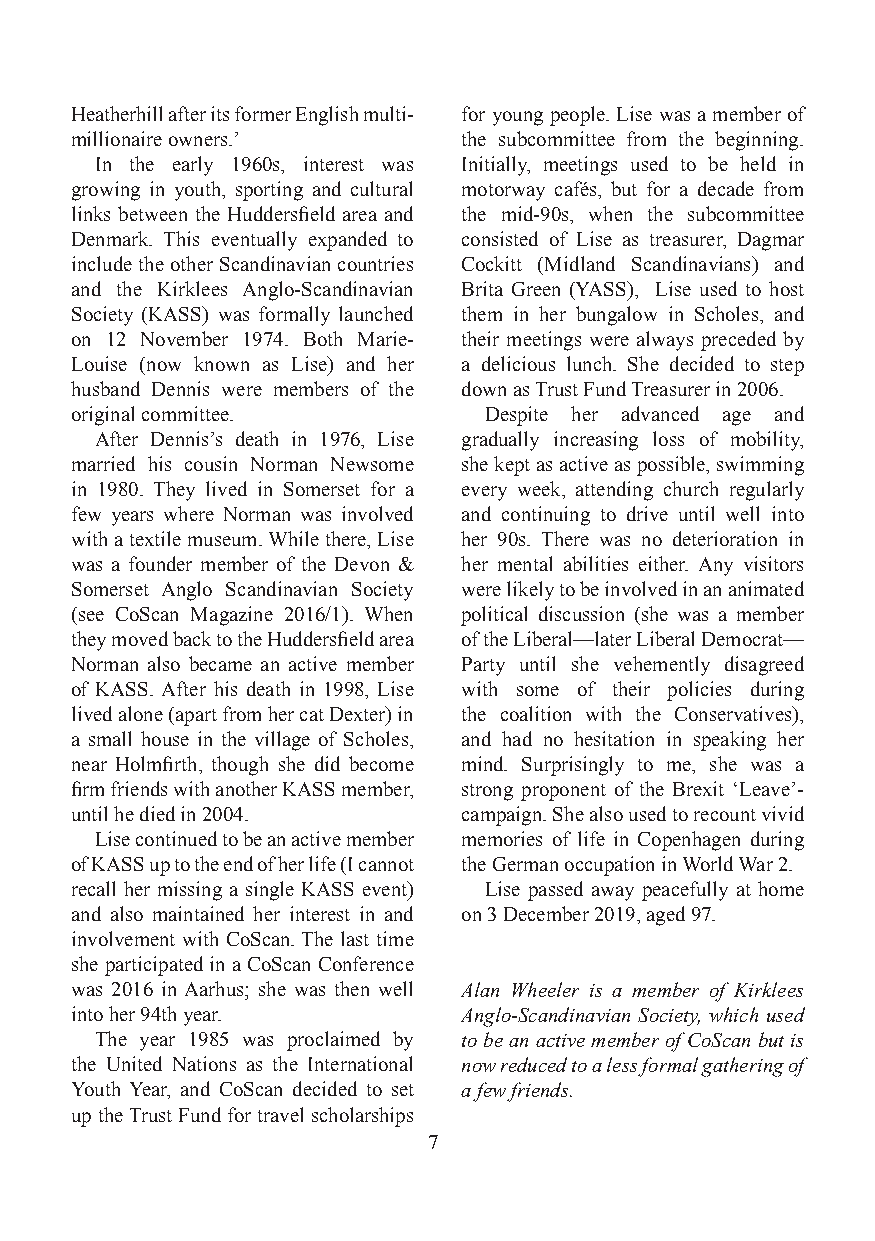
Heatherhill after its former English multi- for young people. Lise was a member of
 millionaire owners.’     the subcommittee from the beginning.
 In the early 1960s, interest was Initially, meetings used to be held in
 growing in youth, sporting and cultural motorway cafés, but for a decade from
 links between the Huddersfield area and the mid-90s, when the subcommittee
 Denmark. This eventually expanded to consisted of Lise as treasurer, Dagmar
 include the other Scandinavian countries Cockitt (Midland Scandinavians) and
 and the Kirklees Anglo-Scandinavian Brita Green (YASS), Lise used to host
 Society (KASS) was formally launched them in her bungalow in Scholes, and
 on 12 November 1974. Both Marie- their meetings were always preceded by
 Louise (now known as Lise) and her a delicious lunch. She decided to step
 husband Dennis were members of the down as Trust Fund Treasurer in 2006.
 original committee.        Despite her advanced age and
 After Dennis’s death in 1976, Lise gradually increasing loss of mobility,
 married his cousin Norman Newsome she kept as active as possible, swimming
 in 1980. They lived in Somerset for a every week, attending church regularly
 few years where Norman was involved and continuing to drive until well into
 with a textile museum. While there, Lise her 90s. There was no deterioration in
 was a founder member of the Devon & her mental abilities either. Any visitors
 Somerset Anglo Scandinavian Society were likely to be involved in an animated
 (see CoScan Magazine 2016/1). When political discussion (she was a member
 they moved back to the Huddersfield area of the Liberal—later Liberal Democrat—
 Norman also became an active member Party until she vehemently disagreed
 of KASS. After his death in 1998, Lise with some of their policies during
 lived alone (apart from her cat Dexter) in the coalition with the Conservatives),
 a small house in the village of Scholes, and had no hesitation in speaking her
 near Holmfirth, though she did become mind. Surprisingly to me, she was a
 firm friends with another KASS member, strong proponent of the Brexit ‘Leave’-
 until he died in 2004.   campaign. She also used to recount vivid
 Lise continued to be an active member memories of life in Copenhagen during
 of KASS up to the end of her life (I cannot the German occupation in World War 2.
 recall her missing a single KASS event) Lise passed away peacefully at home
 and also maintained her interest in and on 3 December 2019, aged 97.
 involvement with CoScan. The last time
 she participated in a CoScan Conference
 was 2016 in Aarhus; she was then well Alan Wheeler is a member of Kirklees
 into her 94th year.      Anglo-Scandinavian Society, which used
 The year 1985 was proclaimed by to be an active member of CoScan but is
 the United Nations as the International now reduced to a less formal gathering of
 Youth Year, and CoScan decided to set a few friends.
 up the Trust Fund for travel scholarships
 7